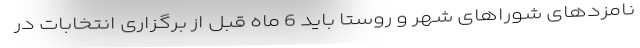
نامزدهای شوراهای شهر و روستا باید 6 ماه قبل از برگزاری انتخابات در